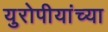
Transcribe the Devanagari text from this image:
युरोपीयांच्या